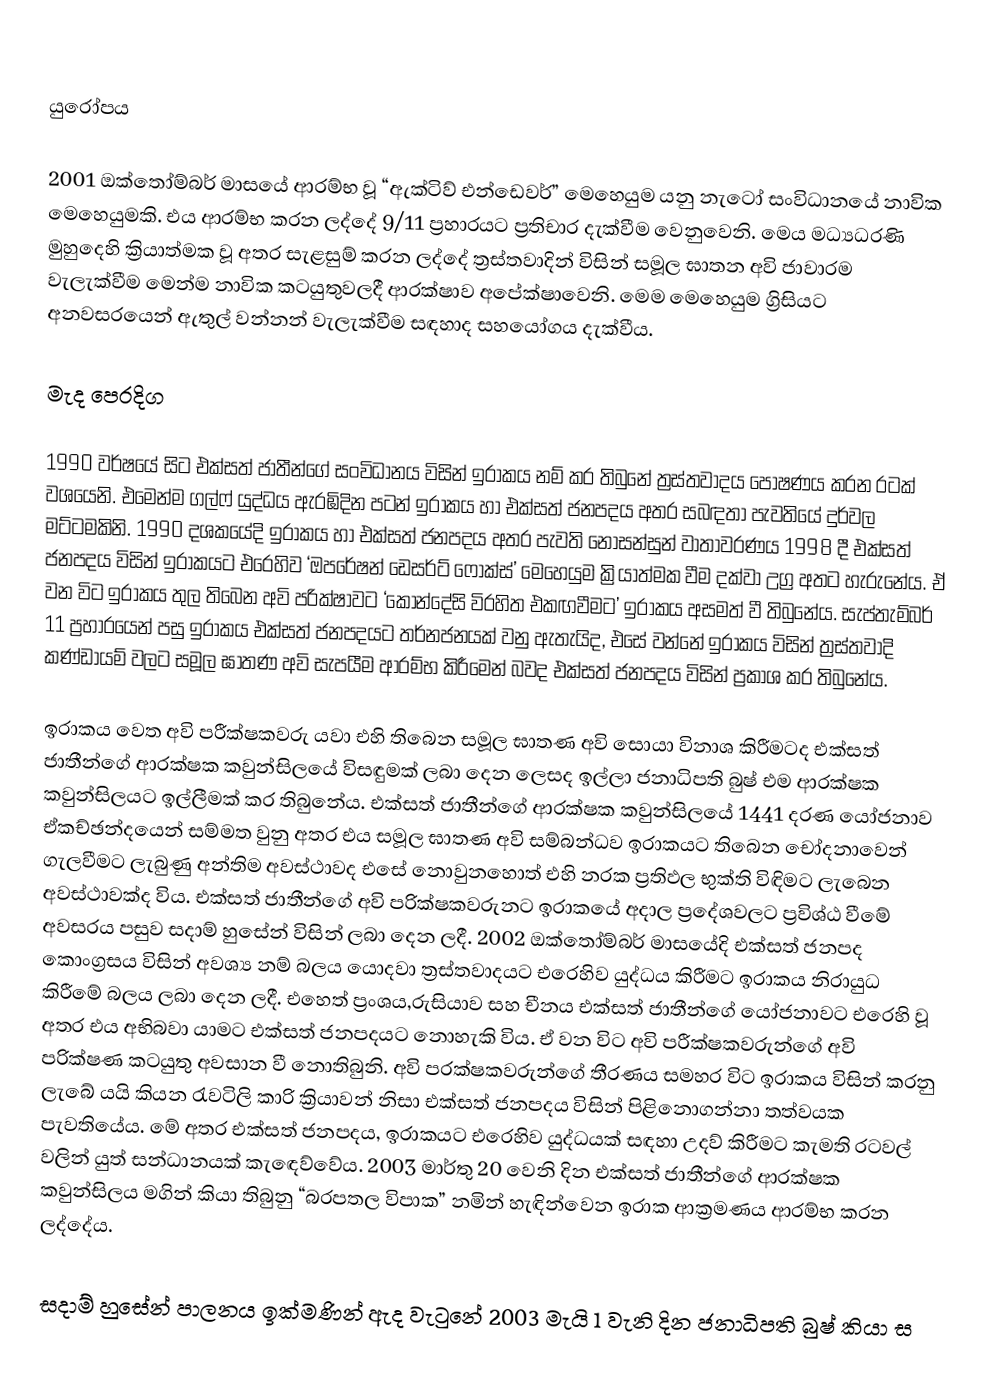

යුරෝපය

2001 ඔක්තෝම්බර් මාසයේ ආරම්භ වූ “ඇක්ටිව් එන්ඩෙවර්” මෙහෙයුම යනු නැටෝ සංවිධානයේ නාවික මෙහෙයුමකි. එය ආරම්භ කරන ලද්දේ 9/11 ප්‍රහාරයට ප්‍රතිචාර දැක්වීම වෙනුවෙනි. මෙය මධ්‍යධරණි මුහුදෙහි ක්‍රියාත්මක වූ අතර සැළසුම් කරන ලද්දේ ත්‍රස්තවාදින් විසින් සමූල ඝාතන අවි ජාවාරම වැලැක්වීම මෙන්ම නාවික කටයුතුවලදී ආරක්ෂාව අපේක්ෂාවෙනි. මෙම මෙහෙයුම ග්‍රිසියට අනවසරයෙන් ඇතුල් වන්නන් වැලැක්වීම සඳහාද සහයෝගය දැක්වීය.

මැද පෙරදිග

1990 වර්ෂයේ සිට එක්සත් ජාතීන්ගේ සංවිධානය විසින් ඉරාකය නම් කර තිබුනේ ත්‍රස්තවාදය පෝෂණය කරන රටක් වශයෙනි. එමෙන්ම ගල්ෆ් යුද්ධය ඇරඹි‍දින පටන් ඉරාකය හා එක්සත් ජනපදය අතර සබඳතා පැවතියේ දුර්වල මට්ටමකිනි. 1990 දශකයේදි ඉරාකය හා එක්සත් ජනපදය අතර පැවති නොසන්සුන් වාතාවරණය 1998 දී එක්සත් ජනපදය විසින් ඉරාකයට එරෙහිව ‘ඔපරේෂන් ඩෙසර්ට් ෆොක්ස්’ මෙහෙ‍යුම ක්‍රියාත්මක වීම දක්වා උග්‍ර අතට හැරුනේය. ඒ වන විට ඉරාකය තුල තිබෙන අවි පරික්ෂාවට ‘කොන්දේසි විරහිත එකඟවීමට’ ඉරාකය අසමත් වී තිබුනේය. සැප්තැම්බර් 11 ප්‍රහාරයෙන් පසු ඉරාකය එක්සත් ජනපදයට තර්නජනයක් වනු ඇතැයිද, එසේ වන්නේ ඉරාකය විසින් ත්‍රස්තවාදි කණ්ඩායම් වලට සමූල ඝාතණ අවි සැපයීම ආරම්භ කිරීමෙන් බවද එක්සත් ජනපදය විසින් ප්‍රකාශ කර තිබුනේය.

ඉරාකය වෙත අවි පරීක්ෂකවරු යවා එහි තිබෙන සමූල ඝාතණ අවි සොයා විනාශ කිරීමටද එක්සත් ජාතීන්ගේ අ‍ාරක්ෂක කවුන්සිලයේ විසඳුමක් ලබා දෙන ලෙසද ඉල්ලා ජනාධිපති බුෂ් එම ආරක්ෂක කවුන්සිලයට ඉල්ලීමක් කර තිබුනේය. එක්සත් ජාතීන්ගේ ආරක්ෂක කවුන්සිලයේ 1441 දරණ යෝජනාව ඒකච්ඡන්දයෙන්  සම්මත වුනු අතර එය සමූල ඝාතණ අවි සම්බන්ධව ඉරාකයට තිබෙන චෝදනාවෙන් ගැලවීමට ලැබුණු අන්තිම අවස්ථාවද එසේ නොවුනහොත් එහි නරක ප්‍රතිඵල භුක්ති විඳිමට ලැබෙන අවස්ථාවක්ද විය. එක්සත් ජාතීන්ගේ අවි පරික්ෂකවරුනට ඉරාකයේ අදාල ප්‍රදේශවලට ප්‍රවිශ්ඨ වීමේ අවසරය පසුව සදාම් හුසේන් විසින් ලබා දෙන ලදී. 2002 ඔක්තෝම්බර් මාසයේදි එක්සත් ජනපද කොංග්‍රසය විසින් අවශ්‍ය නම් බලය යොදවා ත්‍රස්තවාදයට එරෙහිව යුද්ධය කිරීමට ඉරාකය නිරායුධ කිරීමේ බලය ලබා දෙන ලදී. එහෙත් ප්‍රංශය,රුසියාව සහ චීනය එක්සත් ජාතීන්ගේ යෝජනාවට එරෙහි වූ අතර එය අභිබවා යාමට එක්සත් ජනපදයට නොහැකි විය. ඒ වන විට අවි පරීක්ෂකවරුන්ගේ අවි පරික්ෂණ කටයුතු අවසාන වී නොතිබුනි. අවි පරක්ෂකවරුන්ගේ තීරණය සමහර විට ඉරාකය විසින් කරනු ලැබේ යයි කියන රැවටිලි කාරි ක්‍රියාවන් නිසා එක්සත් ජනපදය විසින් පිළිනොගන්නා තත්වයක පැවතියේය. මේ අතර එක්සත් ජනපදය, ඉරාකයට එරෙහිව යුද්ධයක් සඳහා උදව් කිරීමට කැමති රටවල් වලින් යුත් සන්ධානයක් කැ‍ඳෙව්වේය. 2003 මාර්තු 20 වෙනි දින එක්සත් ජාතීන්ගේ ආරක්ෂක කවුන්සිලය මගින් කියා තිබුනු “බරපතල විපාක” නමින් හැඳින්වෙන ඉරාක ආක්‍රමණය ආරම්භ කරන ලද්දේය.

සදාම් හුසේන් පාලනය ඉක්මණින් ඇද වැටුනේ 2003 මැයි 1 වැනි දින ජනාධිපති බුෂ් කියා ස